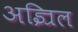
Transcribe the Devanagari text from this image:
अज्रिल